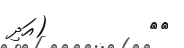
٢٢         (އަދި